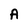
Character: A